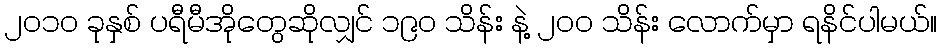
၂၀၁၀ ခုနှစ် ပရီမီအိုတွေဆိုလျှင် ၁၉၀ သိန်း နဲ့ ၂၀၀ သိန်း လောက်မှာ ရနိင်ပါမယ်။